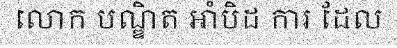
លោក បណ្ឌិត អាំបិដ ការ ដែល